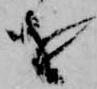
を